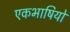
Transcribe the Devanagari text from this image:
एकभाषियों